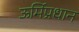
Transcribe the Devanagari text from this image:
ऊर्मिप्रधान